Civil Veterinary Department Bihar & Orissa reports 1922-29 - 1922-1929
Year: 1922
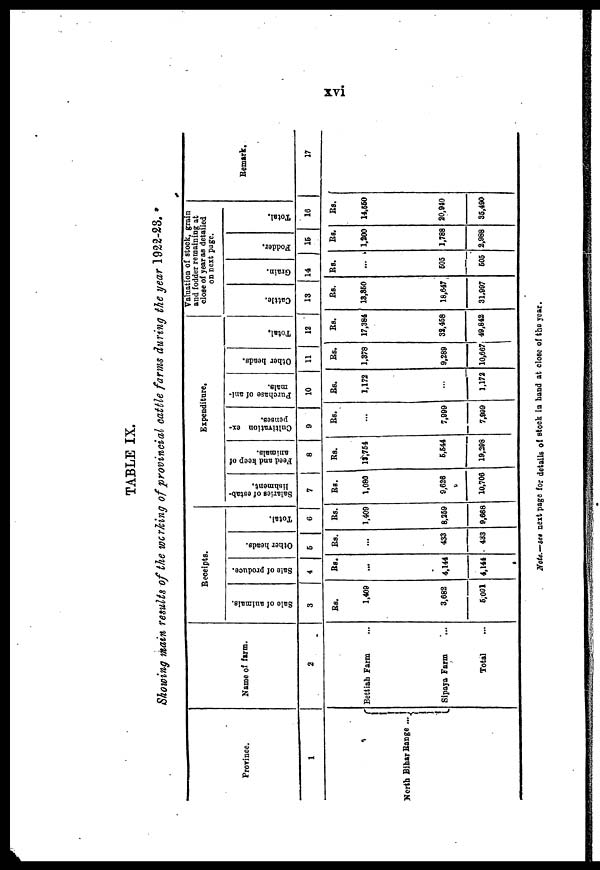
xvi
TABLE IX.
Showing main results of the working of provincial cattle farms during the year 1922-28.
Province.
1
North Bihar Range ...
Name of farm.
2
Bettiah Farm
Sipaya Farm
Total
Receipts.
Sale of animals.
3
Rs.
1,409
3,682
5,091
Sale of produce.
4
Rs.
...
4,144
4,144
Other heads.
6
Rs.
...
433
433
Total.
6
Rs.
1,409
8,269
9,668
Expenditure.
Salaries of estab-
lishment.
7
Rs.
1,090
9,626
10,706
Feed and keep of
animals.
8
Rs.
13,754
6,644
19,398
Cultivation ex-
poises.
9
Rs.
...
7,999
7,999
Purchase of ani-
mals.
10
Rs.
1,172
1,172
Other heads.
11
Rs.
1,378
9,289
10,667
Total.
12
Rs.
17,384
39,468
49,842
Valuation of stock, grain
and fodder remaining at
close of year as detailed
on next page.
Cattle.
13
Rs.
13,350
18,647
31.997
Grain.
14
Rs.
...
605
606
Fodder.
16
Rs.
1,200
1,788
2,988
Total.
16
Rs.
14,550
20,940
35,490
Remark.
17
Note.—see next page for details of stock in hand at close of the year.